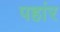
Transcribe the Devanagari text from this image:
पहांर